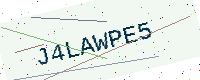
Text: J4LAWPE5